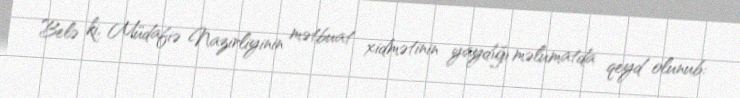
Belə ki, Müdafiə Nazirliyinin mətbuat xidmətinin yaydığı məlumatda qeyd olunub: